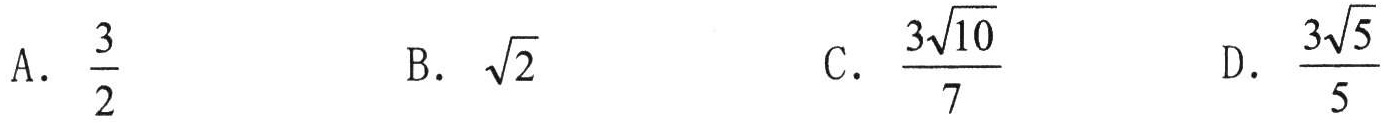
A. \(\dfrac{3}{2}\)
B. \(\sqrt{2}\)
C. \(\dfrac{3\sqrt{10}}{7}\)
D. \(\dfrac{3\sqrt{5}}{5}\)